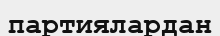
партиялардан